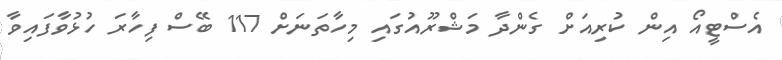
އެސްޓީއޯ އިން ކުރިއަށް ގެންދާ މަޝްރޫއުގައި މިހާތަނަށް 117 ބޭސް ފިހާރަ ހުޅުވާފައިވާ